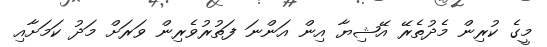
މީގެ ކުރިން މެދުތެރޭ އޭޝިޔާ އިން އަންނަ ފަތުރުވެރިން ވަރަށް މަދު ކަމަށާއި